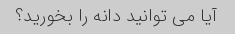
آیا می توانید دانه را بخورید؟